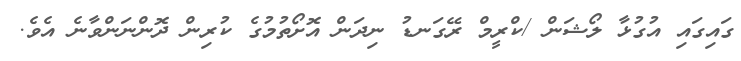
ގައިގައި އުގުޅާ ލޯޝަން /ކްރީމް ރޭގަނޑު ނިދަން އޮށޯތުމުގެ ކުރިން ދޮންނަންވާނެ އެވެ.